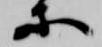
等